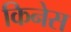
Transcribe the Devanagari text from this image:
किनेस